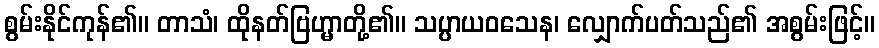
စွမ်းနိုင်ကုန်၏။ တာသံ၊ ထိုနတ်ဗြဟ္မာတို့၏။ သပ္ပာယဝသေန၊ လျှောက်ပတ်သည်၏ အစွမ်းဖြင့်။